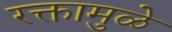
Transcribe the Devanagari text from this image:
रक्तामुळे